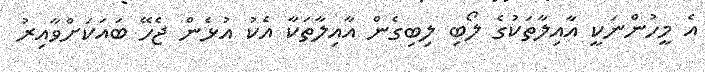
އެ މީހުންނަކީ އާއިލާތަކުގެ ލޯބި ލިބިގެން އާއިލާތަކާ އެކު އުޅެން ޖެހޭ ބައަކަށްވާއިރު